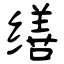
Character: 缮